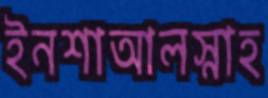
ইনশাআলস্নাহ